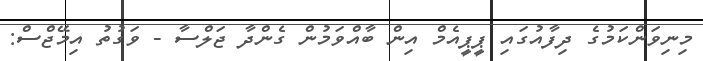
މިނިވަންކަމުގެ ދިފާއުގައި ޕީޕީއެމް އިން ބާއްވަމުން ގެންދާ ޖަލްސާ - ވަގުތު އިމޭޖްސް: